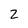
Character: 2